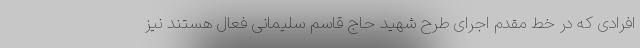
افرادی که در خط مقدم اجرای طرح شهید حاج قاسم سلیمانی فعال هستند نیز